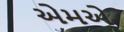
એમએ